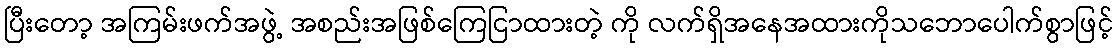
ပြီးတော့ အကြမ်းဖက်အဖွဲ့ အစည်းအဖြစ်ကြေငြာထားတဲ့ ကို လက်ရှိအနေအထားကိုသဘောပေါက်စွာဖြင့်